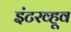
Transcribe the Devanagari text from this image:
इंटरव्हूव